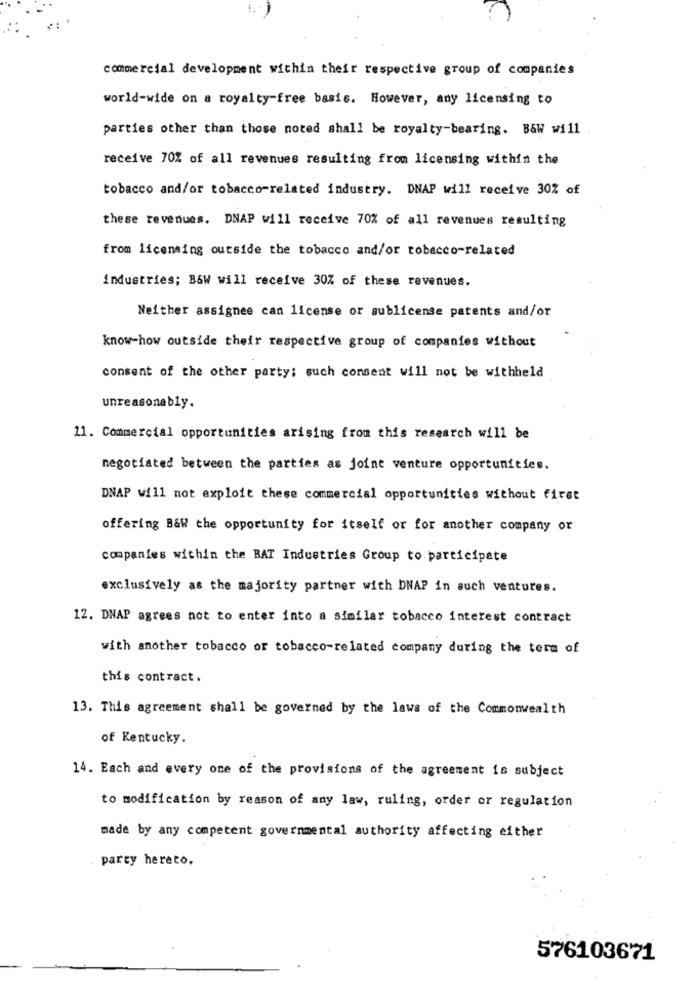
commercial development within their respective group of companies
world-wide on a royalty-free basis. However, any licensing to
parties other than those noted shall be royalty-bearing. B&W will .
receive 70% of all revenues resulting from licensing within the
tobacco and/or tobacco-related industry. DNAP will receive 30% of
these revenues. DNAP will receive 70% of all revenues resulting
from licensing outside the tobacco and/or tobacco-related
industries; B&W will receive 30Z of these revenues.
Neither assignee can license or sublicense patents and/or
know-how outside their respective group of companies without
consent of the other party; such consent will not be withheld
unreasonably.
11. Commercial opportunities arising from this research will be
negotiated between the parties as joint venture opportunities.
DNAP will not exploit these commercial opportunities without first
offering B&W the opportunity for itself or for another company or
companies within the BAT Industries Group to participate
exclusively as the majority partner with DNAP in such ventures.
12. DNAP agrees not to enter into a similar tobacco interest contract
with another tobacco or tobacco-related company during the term of
this contract.
13. This agreement shall be governed by the laws of the Commonwealth
of Kentucky.
14. Each and every one of the provisions of the agreement is subject
to modification by reason of any law, ruling, order or regulation
made by any competent governmental authority affecting either
party hereto.
576103671